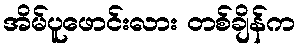
အိမ်ပူဖောင်းလား တစ်ချိန်က